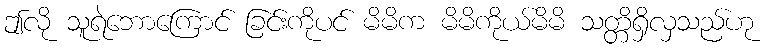
ဤလို သူရဲဘောကြောင် ခြင်းကိုပင် မိမိက မိမိကိုယ်မိမိ သတ္တိရှိလှသည်ဟု